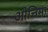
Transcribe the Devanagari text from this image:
ओत्तिमा